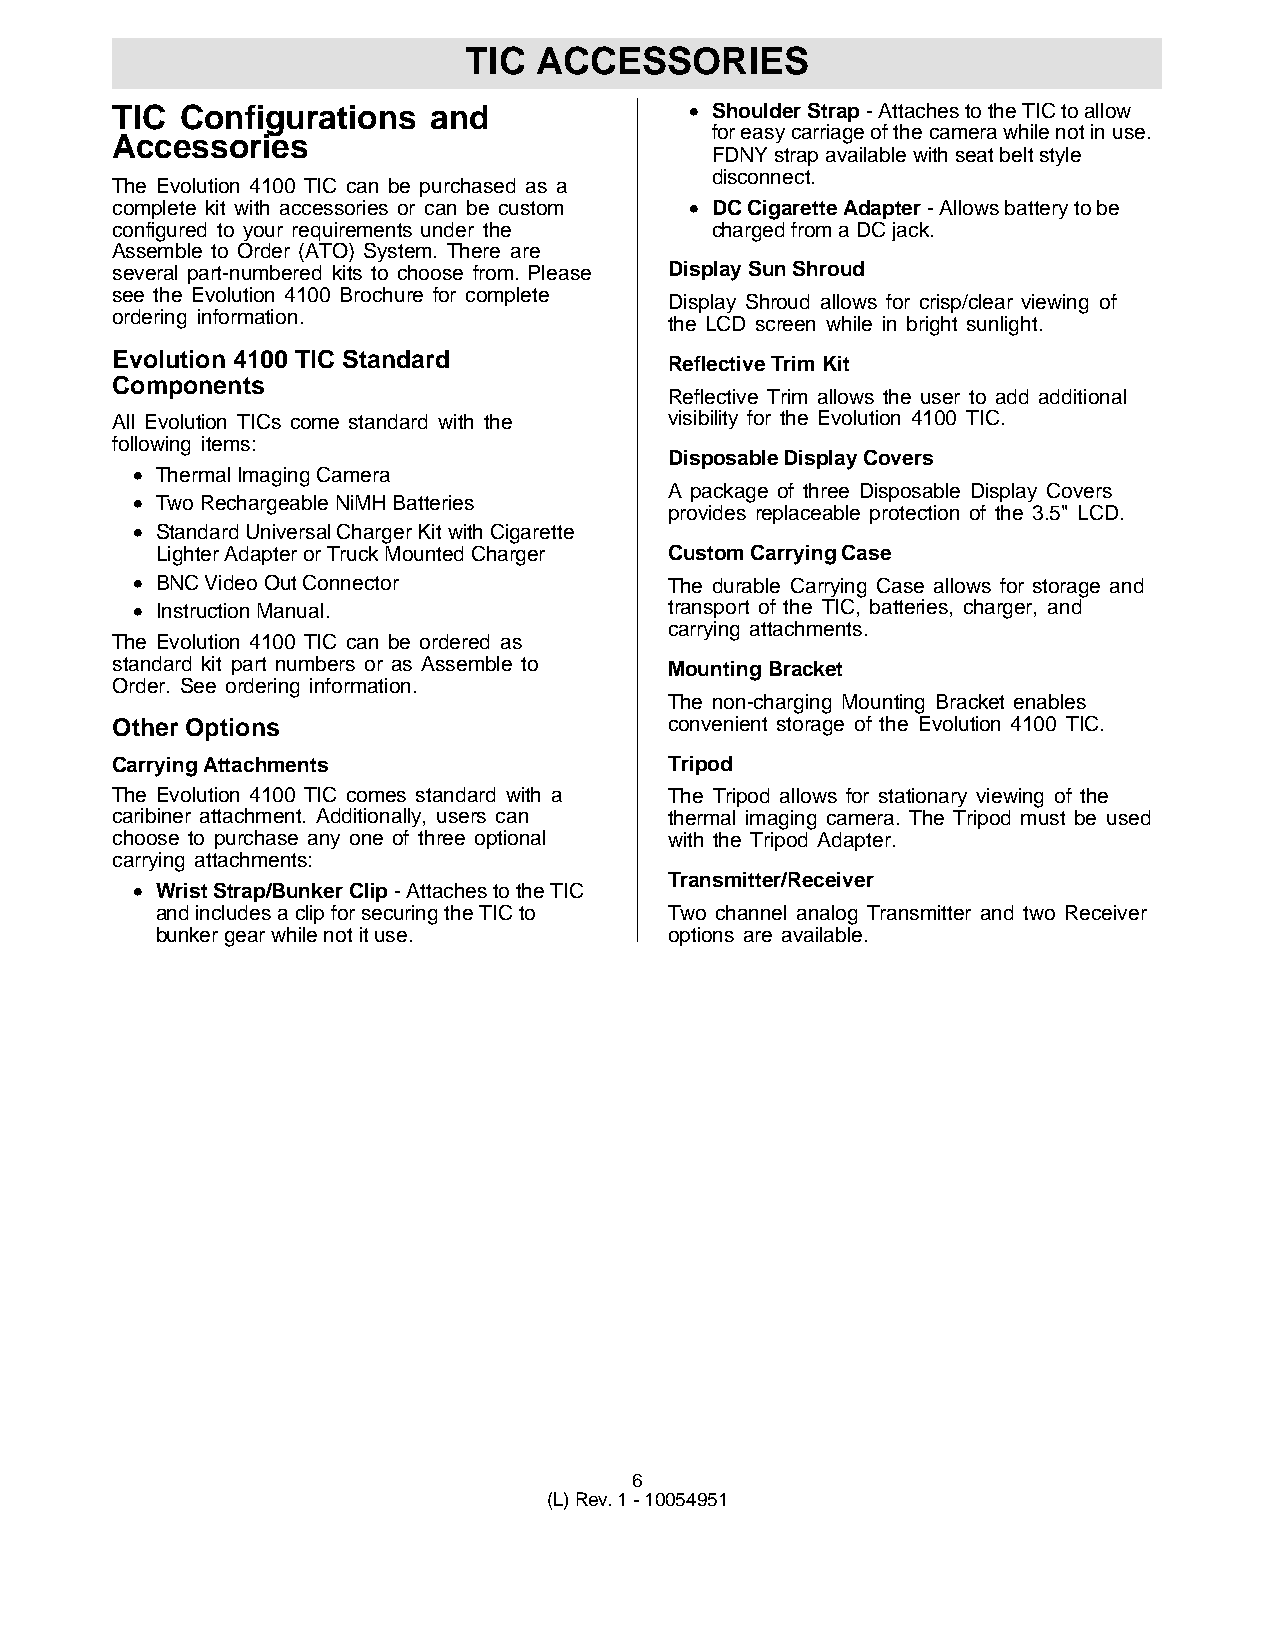
TIC  ACCESSORIES
 TIC  Configurations  and               • Shoulder Strap - Attaches to the TIC to allow
 for easy carriage of the camera while not in use.
 Accessories
 FDNY strap available with seat belt style
 disconnect.
 The Evolution 4100 TIC can be purchased as a
 complete kit with accessories or can be custom • DC Cigarette Adapter - Allows battery to be
 configured to your requirements under the charged from a DC jack.
 Assemble to Order (ATO) System. There are
 several part-numbered kits to choose from. Please Display Sun Shroud
 see the Evolution 4100 Brochure for complete
 Display Shroud allows for crisp/clear viewing of
 ordering information.
 the LCD screen while in bright sunlight.
 Evolution 4100 TIC Standard          Reflective Trim Kit
 Components
 Reflective Trim allows the user to add additional
 All Evolution TICs come standard with the visibility for the Evolution 4100 TIC.
 following items:
 Disposable Display Covers
 • Thermal Imaging Camera
 A package of three Disposable Display Covers
 • Two Rechargeable NiMH Batteries
 provides replaceable protection of the 3.5" LCD.
 • Standard Universal Charger Kit with Cigarette
 Lighter Adapter or Truck Mounted Charger Custom Carrying Case
 • BNC Video Out Connector          The durable Carrying Case allows for storage and
 • Instruction Manual.              transport of the TIC, batteries, charger, and
 carrying attachments.
 The Evolution 4100 TIC can be ordered as
 standard kit part numbers or as Assemble to Mounting Bracket
 Order. See ordering information.
 The non-charging Mounting Bracket enables
 Other Options                        convenient storage of the Evolution 4100 TIC.
 Carrying Attachments                 Tripod
 The Evolution 4100 TIC comes standard with a The Tripod allows for stationary viewing of the
 caribiner attachment. Additionally, users can thermal imaging camera. The Tripod must be used
 choose to purchase any one of three optional with the Tripod Adapter.
 carrying attachments:
 Transmitter/Receiver
 • Wrist Strap/Bunker Clip - Attaches to the TIC
 and includes a clip for securing the TIC to Two channel analog Transmitter and two Receiver
 bunker gear while not it use.     options are available.
 6
 (L) Rev. 1 - 10054951